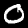
Digit: 0